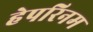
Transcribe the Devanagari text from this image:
हेपरिनम